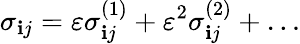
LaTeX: \sigma_{\mathbf{i}j}=\varepsilon\sigma_{\mathbf{i}j}^{(1)}+\varepsilon^{2}\sigma_{\mathbf{i}j}^{(2)}+\dots